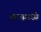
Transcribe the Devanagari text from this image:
क्रायमध्ये